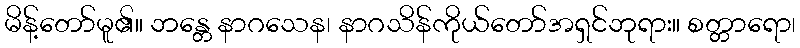
မိန့်တော်မူ၏။ ဘန္တေ နာဂသေန၊ နာဂသိန်ကိုယ်တော်အရှင်ဘုရား။ စတ္တာရော၊